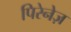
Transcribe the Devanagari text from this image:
पिरेनेज़